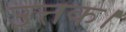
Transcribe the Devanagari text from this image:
उत्तक।